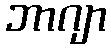
ဘာဂျာ